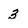
Character: 3